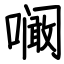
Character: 㘎